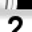
Digit: 2